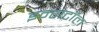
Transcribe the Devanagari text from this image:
इन्सटॉल